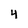
Character: 4